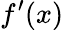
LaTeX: f^{\prime}(x)